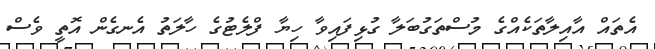
އެތައް އާއިލާތަކެއްގެ މުސްތަގުބަލާ ގުޅިފައިވާ ހިޔާ ފްލެޓުގެ ހާލަތު އެނގެން އޮތީ ވެސް